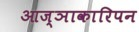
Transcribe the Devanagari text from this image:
आज्ञाकारिपन